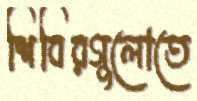
শিবিরগুলোতে